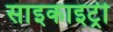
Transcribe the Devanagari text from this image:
साइकाइट्री